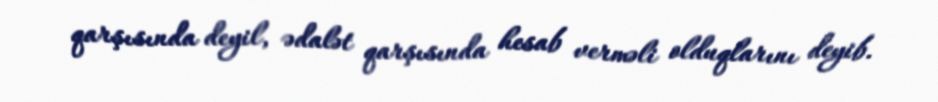
qarşısında deyil, ədalət qarşısında hesab verməli olduqlarını deyib.